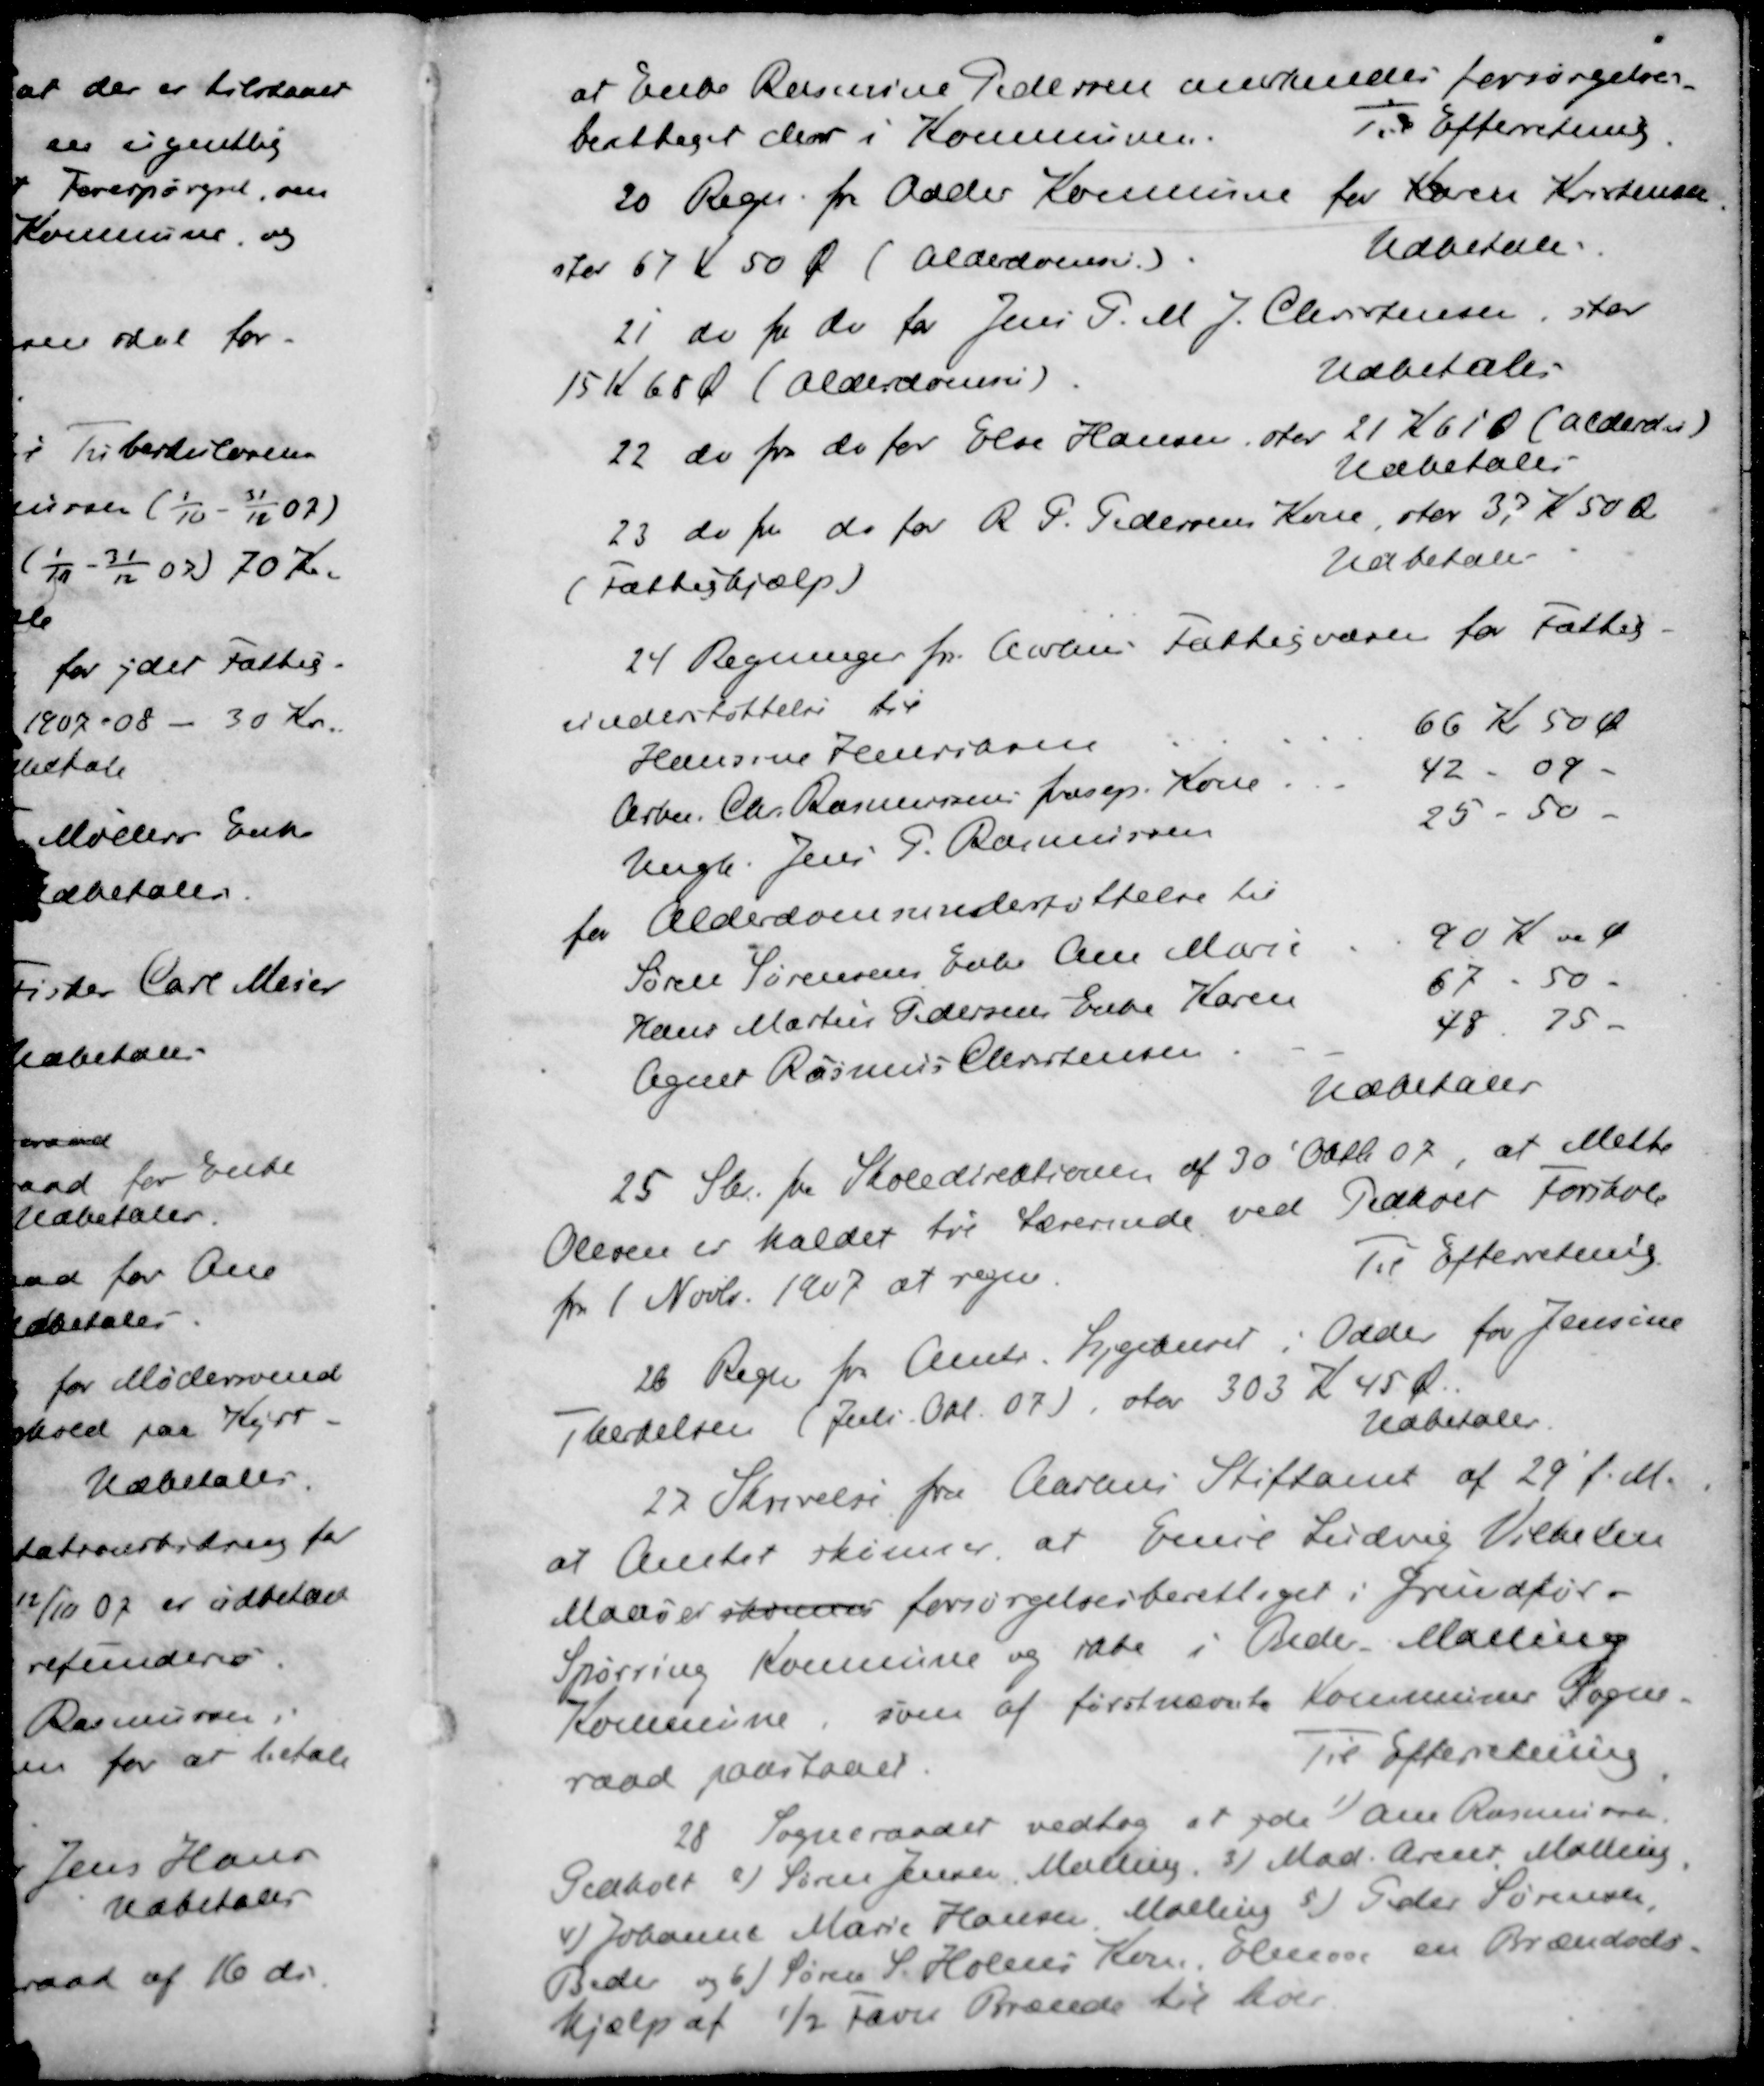
Transskription:
at Enke Rasmine Pedersen anerkendes forsørgelses-
beattaget der i Kommunen.
Til Efterretning
20 Regn. fra Odder Kommune for Karen Kristensen
stor 67 K 50 Ø. (Alderdomsu.)
Udbetales
21 do fra do for Jens P. M. J. Christensen, stor
15 K 68 Ø (Alderdomsu)
Udbetales
22 do fra do for Else Hansen, over 21 Kl 10 (alderder)
Udbetales
23 do fra do for R. P. Pedersens Kone, stor 33 K 50 Ø
(Fattighjælp)
Udbetales
24 Regninger fra Aarhus Fattigvæsen for Fattig-
understøttelse til
Hansine Henriksen
66 Kr 50 Øre
Arbm Chr. Rasmussens frasep Kone
42 - 09 -
Ungk. Jens P. Rasmussen
25 - 50 -
for Alderdomsunderstøttelse til
Søren Sørensens Enke Ane Marie
90 K 00 Ø
Hans Martin Pedersen Enke Karen
67 - 50 -
Agner Rasmus Christensen
48 75 -
udbetales
25. Skr. fra Skoledirektionen af 30' Oktb 07 at Mette
Olesen er kaldet til Lærerinde ved Pedholt Forskole
fra 1 Novbr. 1907 at regne.
Til Efterretning
26 Regn fra Amts Sygehuset i Odder for Jensine
Thekelsen (Juli. Okt. 07), stor 303 K 45 Ø.
Udbetales.
27 Skrivelse fra Aarhus Stiftamt af 29' f.M.
at Amtet skønner at Emil Ludvig Vilhelm
Manø er ikommes forsørgelsesberettiget i Grundfor-
Spørring Kommune og ikke i Beder Malling
kommune, som af førstnævnte Kommunes Sogne-
raad paastaaet
Til Efterretning
28. Sogneraadet vedtog at yde 1)Ane Rasmussen
Pedholt 2)J Søren Jensen Malling 3) Mad. Arent Malling
4)Johanne Marie Hansen Malling 5) Peder Sørensen
Beder og 6) Søren S. Holms Kone Elinor en Brændsels-
hjælp af ½ favn Brænde til hver